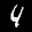
Label: 4